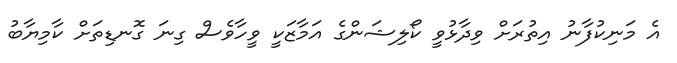
އެ މަނިކުފާނު އިތުރަށް ވިދާޅުވީ ކޯލިޝަންގެ އަމާޒަކީ ވީހާވެސް ގިނަ ގޮނޑިތަށް ކާމިޔާބު